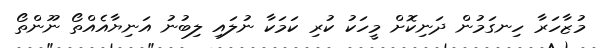
މުޒާހަރާ ހިނގަމުން ދަނިކޮށް މީހަކު ކުރި ކަމަކާ ނުލައި ލިބުނު އަނިޔާއެއްތޯ ނޫންތޯ